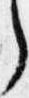
之